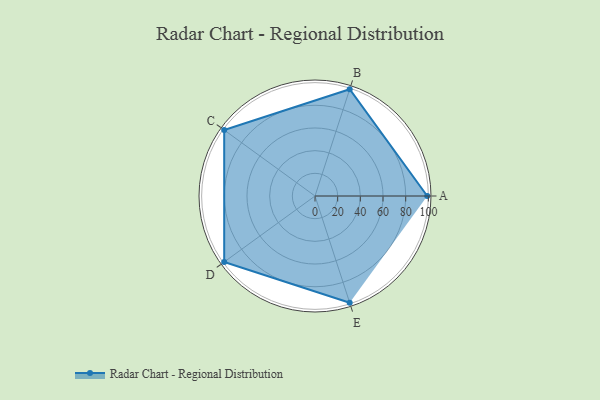
{"axis": {"x": "Skill", "y": "Score"}, "legend": ["Profile"], "data": [{"x": "A", "y": 99, "type": "Profile"}, {"x": "B", "y": 99, "type": "Profile"}, {"x": "C", "y": 99, "type": "Profile"}, {"x": "D", "y": 99, "type": "Profile"}, {"x": "E", "y": 99, "type": "Profile"}]}